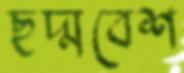
ছদ্মবেশ